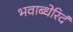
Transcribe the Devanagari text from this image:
भवाब्धेरिदं